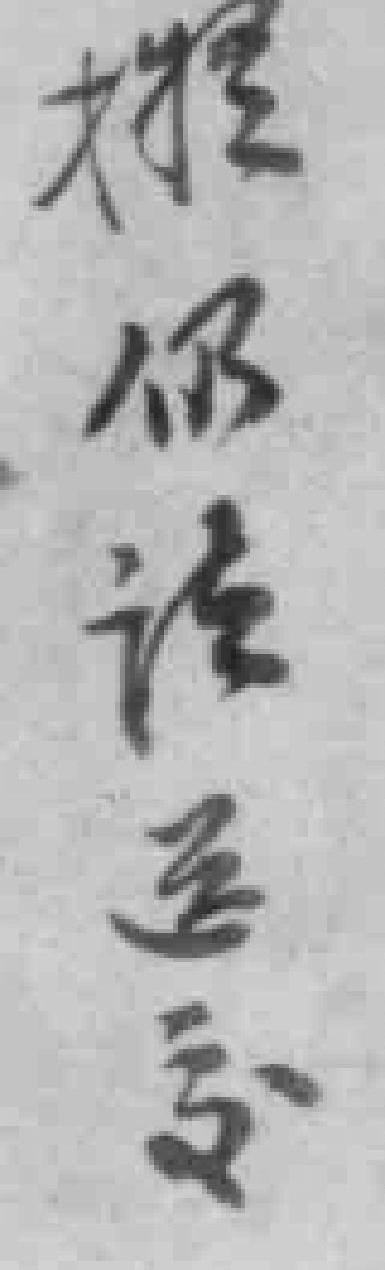
*仍该送交